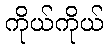
ကိုယ်ကိုယ်